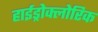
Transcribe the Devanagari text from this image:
हाईड्रोक्लोरिक